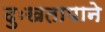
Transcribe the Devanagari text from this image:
दुःखतापाने